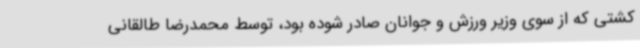
کشتی که از سوی وزیر ورزش و جوانان صادر شوده بود، توسط محمدرضا طالقانی